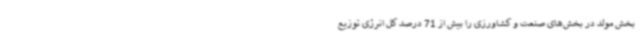
بخش مولد در بخش‌های صنعت و کشاورزی را بیش از 71 درصد کل انرژی توزیع